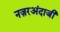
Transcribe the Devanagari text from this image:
नज़रअंदाजी